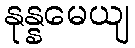
နုန္နမေယျ